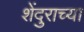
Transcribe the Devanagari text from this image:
शेंदुराच्या